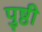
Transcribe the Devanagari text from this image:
पुष्ठी